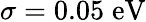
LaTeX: \sigma=0.05\; \mathrm{eV}